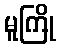
မူကြို